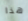
هذا